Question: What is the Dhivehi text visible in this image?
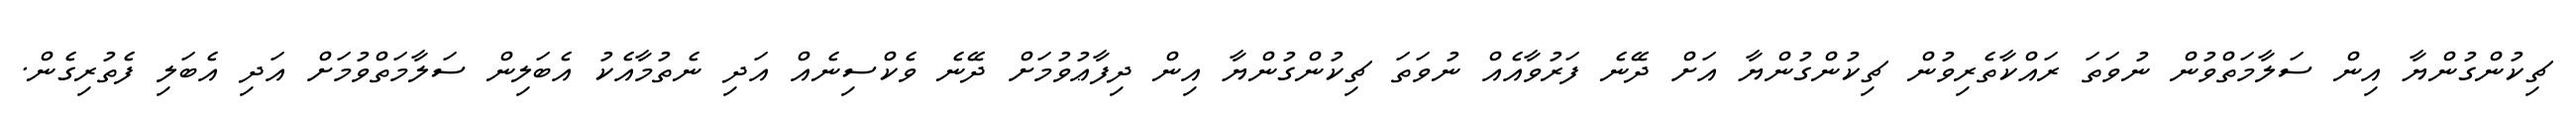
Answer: ޗިކުންގުންޔާ އިން ސަލާމަތްވުން ނުވަތަ ރައްކާތެރިވުން ޗިކުންގުންޔާ އަށް ދޭނެ ފަރުވާއެއް ނުވަތަ ޗިކުންގުންޔާ އިން ދިފާޢުވުމަށް ދޭނެ ވެކްސިނެއް އަދި ނެތުމާއެކު އެބަލިން ސަލާމަތްވުމަށް އަދި އެބަލި ފެތުރިގެން.